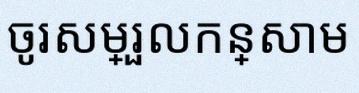
ចូរសម្រួលកន្សោម